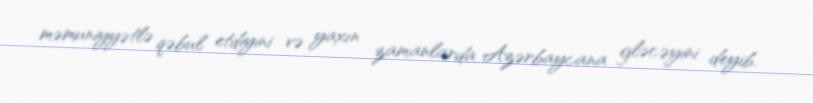
məmuniyyətlə qəbul etdiyini və yaxın zamanlarda Azərbaycana gləcəyini deyib.